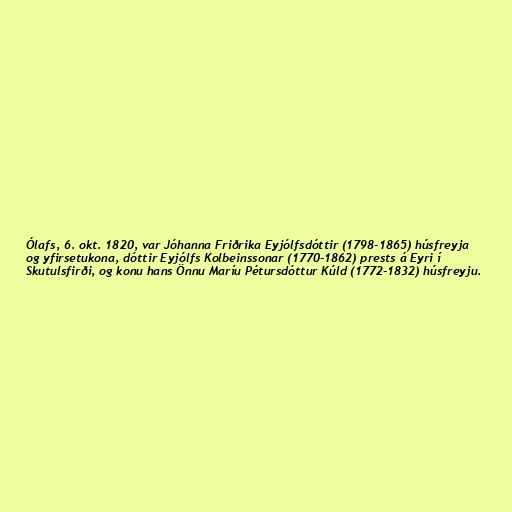
Ólafs, 6. okt. 1820, var Jóhanna Friðrika Eyjólfsdóttir (1798-1865) húsfreyja
og yfirsetukona, dóttir Eyjólfs Kolbeinssonar (1770-1862) prests á Eyri í
Skutulsfirði, og konu hans Önnu Maríu Pétursdóttur Kúld (1772-1832) húsfreyju.